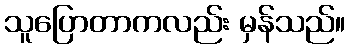
သူပြောတာကလည်း မှန်သည်။